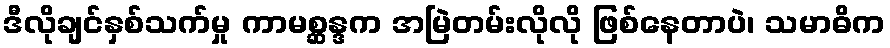
ဒီလိုချင်နှစ်သက်မှု ကာမစ္ဆန္ဒက အမြဲတမ်းလိုလို ဖြစ်နေတာပဲ၊ သမာဓိက